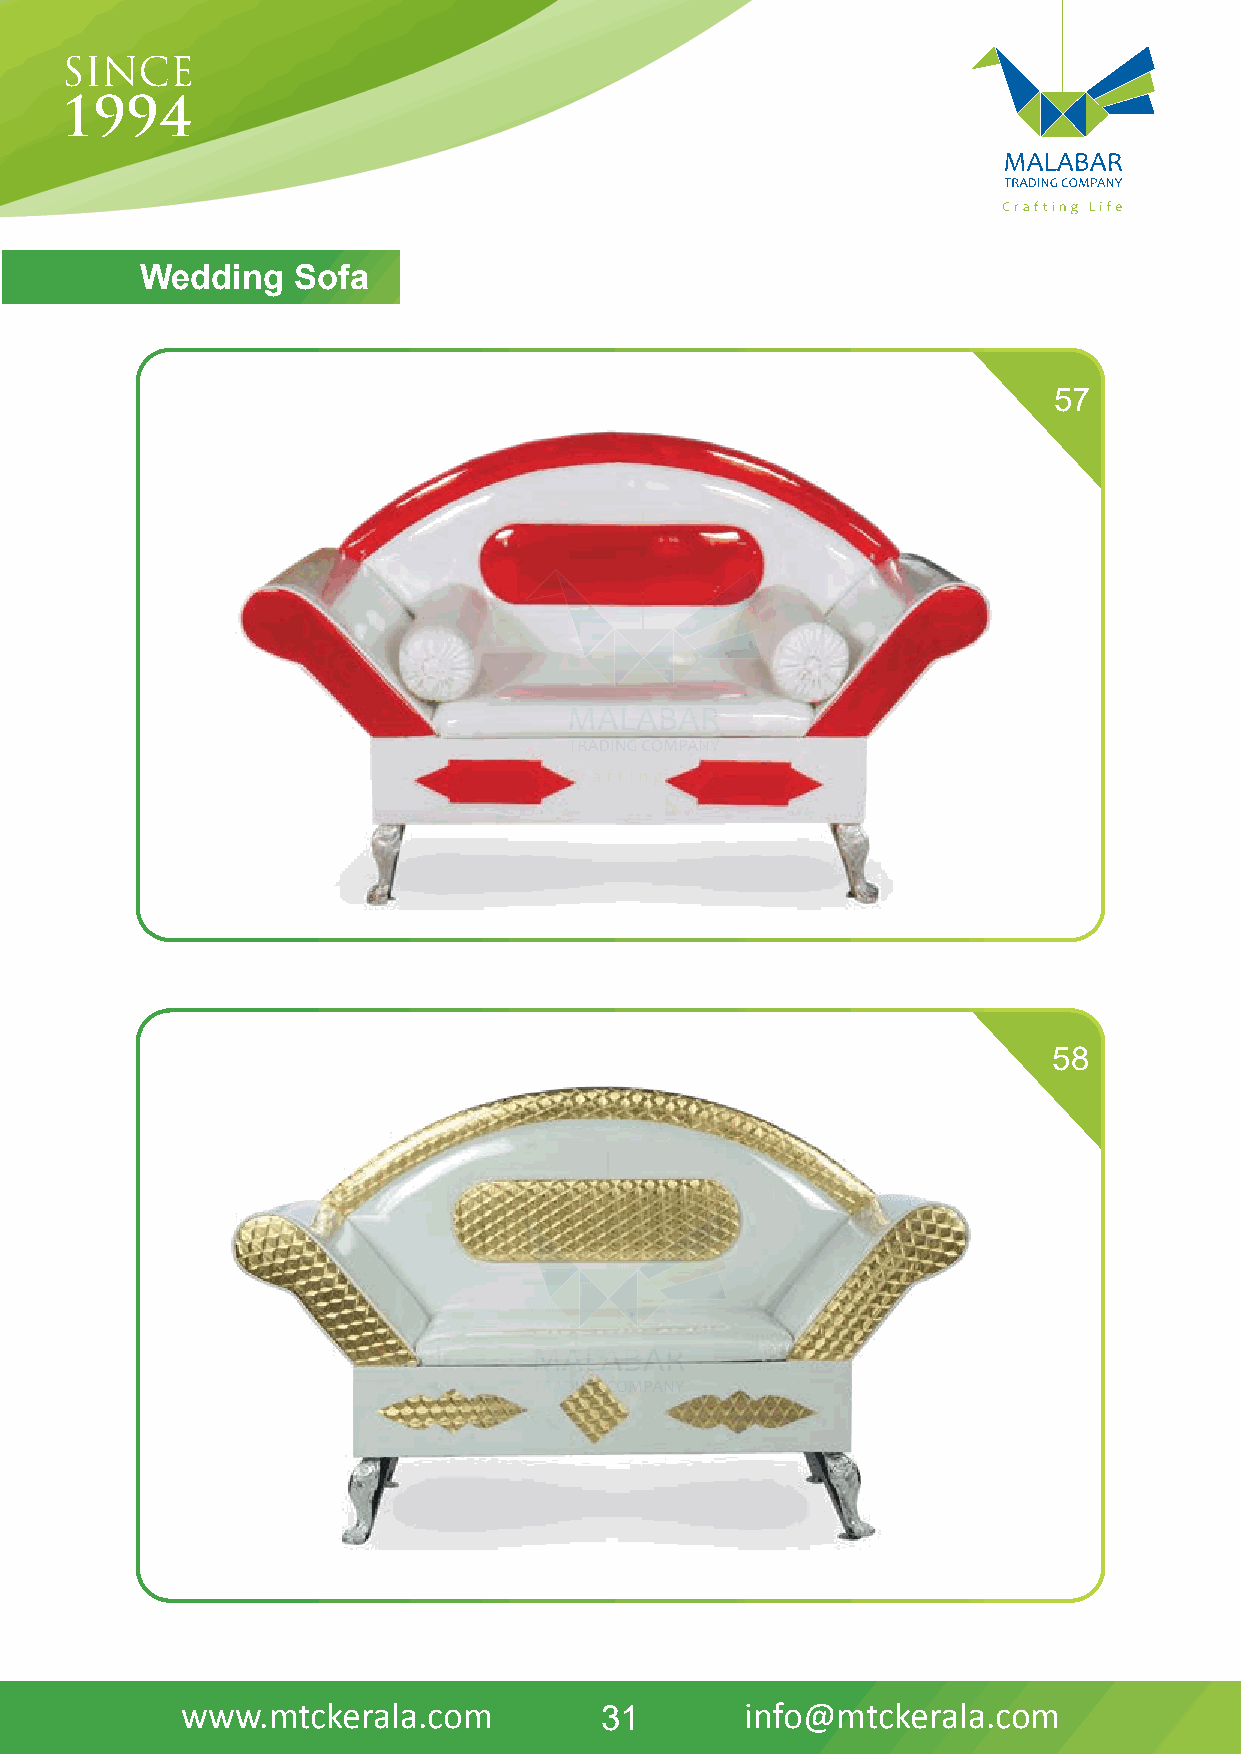
Wedding   Sofa
 57
 58
 www.mtckerala.com           31       info@mtckerala.com